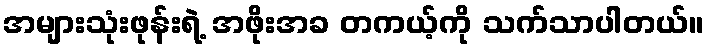
အများသုံးဖုန်းရဲ့ အဖိုးအခ တကယ့်ကို သက်သာပါတယ်။